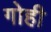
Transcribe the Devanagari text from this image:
गोही